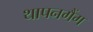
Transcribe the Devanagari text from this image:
थापनगैंग